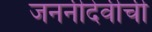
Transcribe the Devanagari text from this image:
जननीदेवीची